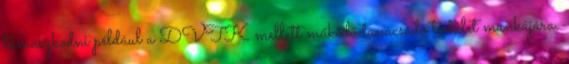
támaszkodni például a DVTK mellett működő tanácsadó testület munkájára.